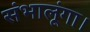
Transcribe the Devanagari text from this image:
संभालूंगा।